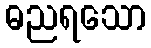
ဓညရသော